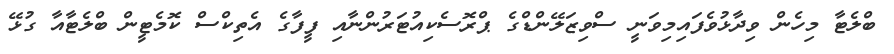
ބްލެޓާ މިހެން ވިދާޅުވެފައިމިވަނީ ސްވިޒަލޭންޑްގެ ޕްރޮސެކިއުޓަރުންނާއި ފީފާގެ އެތިކްސް ކޮމެޓީން ބްލެޓާއާ ގުޅޭ